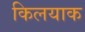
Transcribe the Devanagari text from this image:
किलयाक